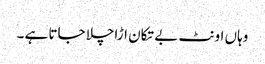
وہاں اونٹ بے تکان اڑاچلا جاتا ہے ۔